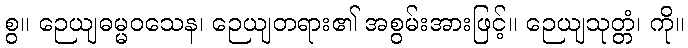
စွ။ ဉေယျဓမ္မဝသေန၊ ဉေယျတရား၏ အစွမ်းအားဖြင့်။ ဉေယျသုတ္တံ၊ ကို။